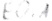
Text: E0.1